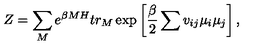
Z = \sum _ { M } e ^ { \beta M H } t r _ { M } \exp \left[ \frac { \beta } { 2 } \sum v _ { i j } \mu _ { i } \mu _ { j } \right] ,